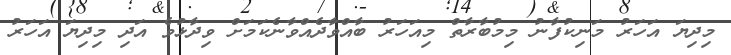
މިދިޔަ އަހަރު މަނިކުފާނު މިމުބާރާތް މިއަހަރު ބާއްވާދެއްވާނެކަމަށް ވިދާޅުވެ އަދި މިދިޔަ އަހަރު